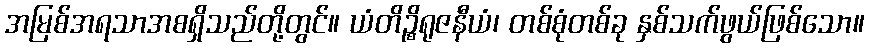
အမြစ်အရသာအစရှိသည်တို့တွင်။ ယံတိဉ္စိရုဇနီယံ၊ တစ်စုံတစ်ခု နှစ်သက်ဖွယ်ဖြစ်သော။